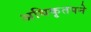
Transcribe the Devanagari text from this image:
अधिकृतपने